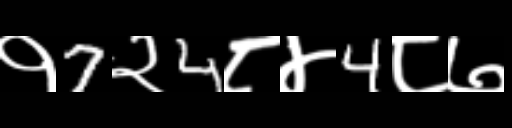
Text: १7२4८४4८७